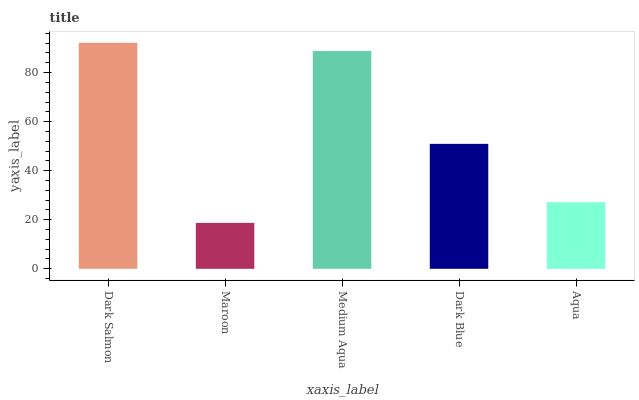
| xaxis_label | bars |
 | --- | --- |
 | Dark Salmon | 92.2 |
 | Maroon | 18.7 |
 | Medium Aqua | 88.8 |
 | Dark Blue | 50.9 |
 | Aqua | 27.2 |